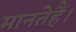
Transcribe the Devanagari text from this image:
मानतेहैं।